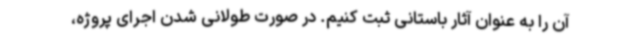
آن را به عنوان آثار باستانی ثبت کنیم. در صورت طولانی شدن اجرای پروژه،